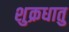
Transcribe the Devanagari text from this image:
शुक्रधातु